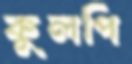
কুলপি